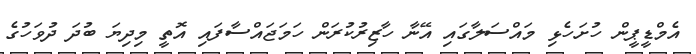
އެމްޑީޕީން ހުށަހެޅި މައްސަލާގައި އޭނާ ހާޒިރުކުރަން ހަމަޖައްސާފައި އޮތީ މިދިޔަ ބުދަ ދުވަހުގެ